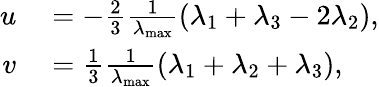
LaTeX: \begin{array}{rl}{u}&{{}=-\frac{2}{3}\frac{1}{\lambda_{\operatorname*{max}}}(\lambda_{1}+\lambda_{3}-2\lambda_{2}),}\\ {v}&{{}=\frac{1}{3}\frac{1}{\lambda_{\operatorname*{max}}}(\lambda_{1}+\lambda_{2}+\lambda_{3}),}\end{array}